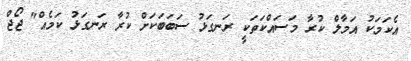
އެކަމަކު އަމާލް ކުރާ މަސައްކަތަކީ ރަނގަޅު ސަބަބަކަށް ކުރާ ރަނގަޅު ކަމެއް" ޖޯޖް